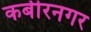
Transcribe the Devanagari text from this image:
कबीरनगर